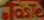
TasTe